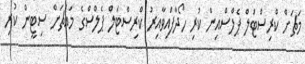
މަޗަށް ކްރިސްޓަލް ޕެލްސްއިން ކުރި ހޯދާފައިވާއިރު ކްރިސްޓަލް ޕެލްސްގެ މައްޗަށް ސިޓީން ކުރި